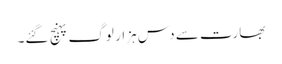
بھارت سے دس ہزار لوگ پہنچ گئے۔